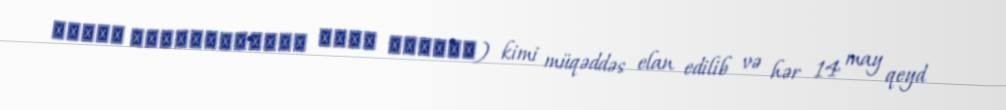
წმიდა კეთილმსახური მეფე თამარი) kimi müqəddəs elan edilib və hər 14 may qeyd